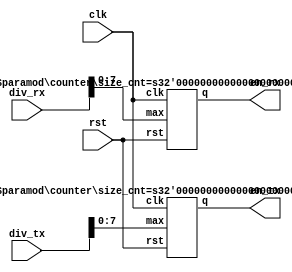
//--------------------------------------------------------------------------------------------------
//
// Title       : utils
// Design      : my_uart
// Company     : 0
//
//-------------------------------------------------------------------------------------------------
//
// Generated   : Tue Aug 20 14:49:40 2002
// From        : interface description file
// By          : Itf2Vhdl ver. 1.20
//
//-------------------------------------------------------------------------------------------------
//
// Description : 
//
//-------------------------------------------------------------------------------------------------
// Min baud = clk / (2^8 * 16)
module divisor ( div_rx, div_tx, en_rx, en_tx, clk, rst ) ;
    parameter   size_cnt_rx = 8 ;
    parameter   size_cnt_tx = 8 ;
    input   [15:0]                  div_rx ;
    input   [15:0]                  div_tx ;
    output                          en_rx ;     // RX
    output                          en_tx ;     // TX
    input                           clk ;       // UART clock
    input                           rst ;       // reset
    
    //  RX
    counter     U_CNT_RX( div_rx[size_cnt_rx-1:0], en_rx, clk, rst ) ;
                defparam U_CNT_RX.size_cnt = size_cnt_rx ;
    //  TX
    counter     U_CNT_TX( div_tx[size_cnt_tx-1:0], en_tx, clk, rst ) ;
                defparam U_CNT_TX.size_cnt = size_cnt_tx ;
endmodule

// counter
module  counter( max, q, clk, rst ) ;
    parameter   size_cnt = 8 ;
    input   [size_cnt-1:0]          max ;
    output                          q ;
    input                           clk ;
    input                           rst ;
    reg                             q ;

    reg     [size_cnt-1:0]          cnt ;
    
	 initial begin
		  cnt <= 0 ;
	 end
    //  counter ( down )
    always  @( posedge clk or posedge rst )
        if ( rst )
            cnt <= 0 ;
        else
            if ( cnt == 0 )
                cnt <= max ;                        // load again
            else
                cnt <= cnt - 1 ;

    //  q be set when counter downto 0
    always  @( posedge clk )
        if ( cnt == 1 )
            q <= 'b1 ;
        else
            q <= 'b0 ;
endmodule